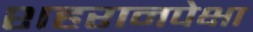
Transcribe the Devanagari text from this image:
शहरानपेक्षा